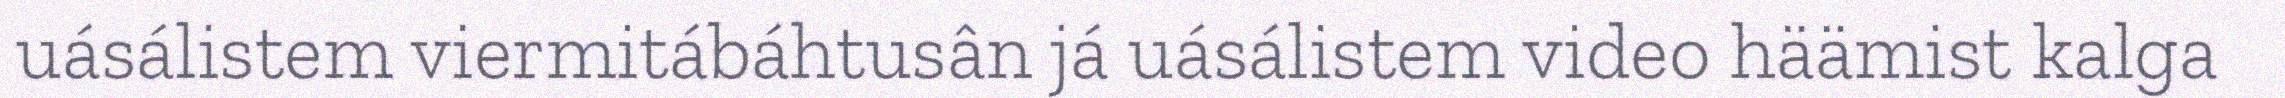
uásálistem viermitábáhtusân já uásálistem video häämist kalga